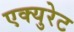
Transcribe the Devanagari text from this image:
एक्युरेट